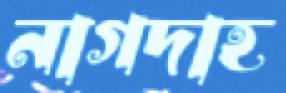
নাগদাহ